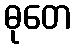
ဓုတေ